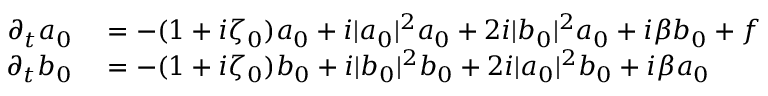
\begin{array} { r l } { \partial _ { t } a _ { 0 } } & { { } = - ( 1 + i \zeta _ { 0 } ) a _ { 0 } + i | a _ { 0 } | ^ { 2 } a _ { 0 } + 2 i | b _ { 0 } | ^ { 2 } a _ { 0 } + i \beta b _ { 0 } + f } \\ { \partial _ { t } b _ { 0 } } & { { } = - ( 1 + i \zeta _ { 0 } ) b _ { 0 } + i | b _ { 0 } | ^ { 2 } b _ { 0 } + 2 i | a _ { 0 } | ^ { 2 } b _ { 0 } + i \beta a _ { 0 } } \end{array}